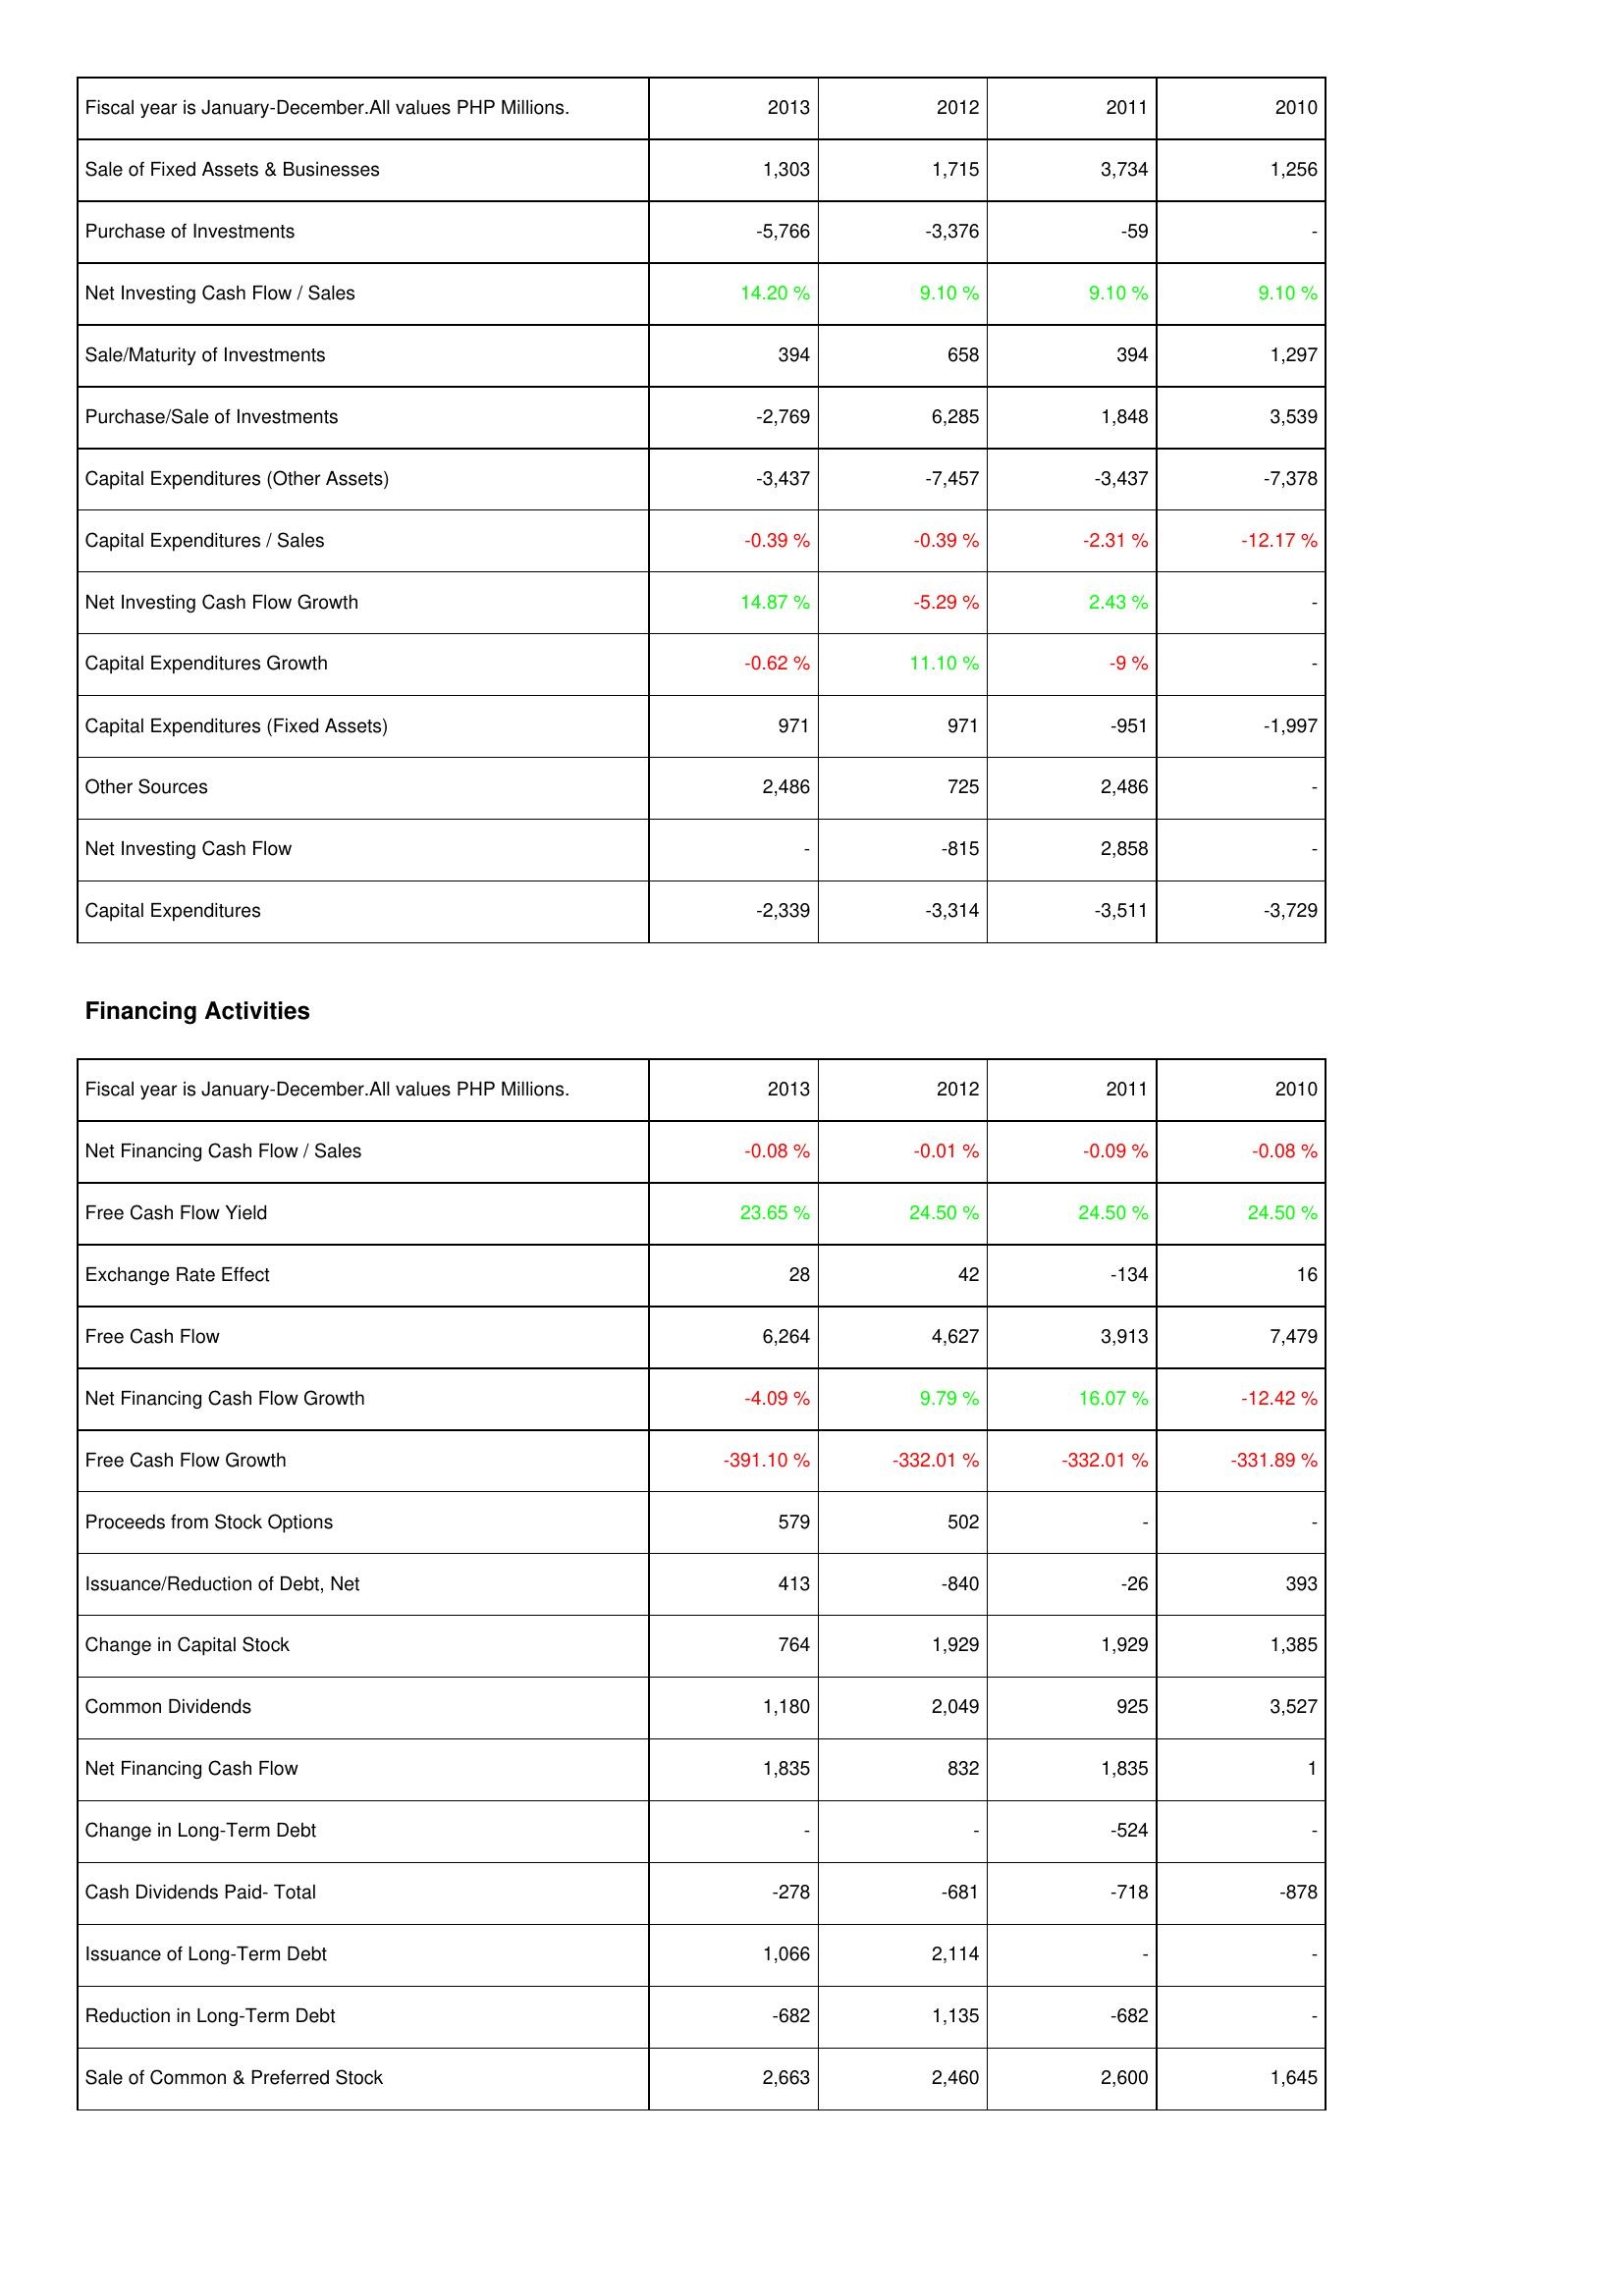
2013: Investing Activities: Sale of Fixed Assets & Businesses: 1,303
Purchase of Investments: -5,766
Net Investing Cash Flow / Sales: 14.20 %
Sale/Maturity of Investments: 394
Purchase/Sale of Investments: -2,769
Capital Expenditures (Other Assets): -3,437
Capital Expenditures / Sales: -0.39 %
Net Investing Cash Flow Growth: 14.87 %
Capital Expenditures Growth: -0.62 %
Capital Expenditures (Fixed Assets): 971
Other Sources: 2,486
Net Investing Cash Flow: -
Capital Expenditures: -2,339
Financing Activities: Net Financing Cash Flow / Sales: -0.08 %
Free Cash Flow Yield: 23.65 %
Exchange Rate Effect: 28
Free Cash Flow: 6,264
Net Financing Cash Flow Growth: -4.09 %
Free Cash Flow Growth: -391.10 %
Proceeds from Stock Options: 579
Issuance/Reduction of Debt, Net: 413
Change in Capital Stock: 764
Common Dividends: 1,180
Net Financing Cash Flow: 1,835
Change in Long-Term Debt: -
Cash Dividends Paid- Total: -278
Issuance of Long-Term Debt: 1,066
Reduction in Long-Term Debt: -682
Sale of Common & Preferred Stock: 2,663
2012: Investing Activities: Sale of Fixed Assets & Businesses: 1,715
Purchase of Investments: -3,376
Net Investing Cash Flow / Sales: 9.10 %
Sale/Maturity of Investments: 658
Purchase/Sale of Investments: 6,285
Capital Expenditures (Other Assets): -7,457
Capital Expenditures / Sales: -0.39 %
Net Investing Cash Flow Growth: -5.29 %
Capital Expenditures Growth: 11.10 %
Capital Expenditures (Fixed Assets): 971
Other Sources: 725
Net Investing Cash Flow: -815
Capital Expenditures: -3,314
Financing Activities: Net Financing Cash Flow / Sales: -0.01 %
Free Cash Flow Yield: 24.50 %
Exchange Rate Effect: 42
Free Cash Flow: 4,627
Net Financing Cash Flow Growth: 9.79 %
Free Cash Flow Growth: -332.01 %
Proceeds from Stock Options: 502
Issuance/Reduction of Debt, Net: -840
Change in Capital Stock: 1,929
Common Dividends: 2,049
Net Financing Cash Flow: 832
Change in Long-Term Debt: -
Cash Dividends Paid- Total: -681
Issuance of Long-Term Debt: 2,114
Reduction in Long-Term Debt: 1,135
Sale of Common & Preferred Stock: 2,460
2011: Investing Activities: Sale of Fixed Assets & Businesses: 3,734
Purchase of Investments: -59
Net Investing Cash Flow / Sales: 9.10 %
Sale/Maturity of Investments: 394
Purchase/Sale of Investments: 1,848
Capital Expenditures (Other Assets): -3,437
Capital Expenditures / Sales: -2.31 %
Net Investing Cash Flow Growth: 2.43 %
Capital Expenditures Growth: -9 %
Capital Expenditures (Fixed Assets): -951
Other Sources: 2,486
Net Investing Cash Flow: 2,858
Capital Expenditures: -3,511
Financing Activities: Net Financing Cash Flow / Sales: -0.09 %
Free Cash Flow Yield: 24.50 %
Exchange Rate Effect: -134
Free Cash Flow: 3,913
Net Financing Cash Flow Growth: 16.07 %
Free Cash Flow Growth: -332.01 %
Proceeds from Stock Options: -
Issuance/Reduction of Debt, Net: -26
Change in Capital Stock: 1,929
Common Dividends: 925
Net Financing Cash Flow: 1,835
Change in Long-Term Debt: -524
Cash Dividends Paid- Total: -718
Issuance of Long-Term Debt: -
Reduction in Long-Term Debt: -682
Sale of Common & Preferred Stock: 2,600
2010: Investing Activities: Sale of Fixed Assets & Businesses: 1,256
Purchase of Investments: -
Net Investing Cash Flow / Sales: 9.10 %
Sale/Maturity of Investments: 1,297
Purchase/Sale of Investments: 3,539
Capital Expenditures (Other Assets): -7,378
Capital Expenditures / Sales: -12.17 %
Net Investing Cash Flow Growth: -
Capital Expenditures Growth: -
Capital Expenditures (Fixed Assets): -1,997
Other Sources: -
Net Investing Cash Flow: -
Capital Expenditures: -3,729
Financing Activities: Net Financing Cash Flow / Sales: -0.08 %
Free Cash Flow Yield: 24.50 %
Exchange Rate Effect: 16
Free Cash Flow: 7,479
Net Financing Cash Flow Growth: -12.42 %
Free Cash Flow Growth: -331.89 %
Proceeds from Stock Options: -
Issuance/Reduction of Debt, Net: 393
Change in Capital Stock: 1,385
Common Dividends: 3,527
Net Financing Cash Flow: 1
Change in Long-Term Debt: -
Cash Dividends Paid- Total: -878
Issuance of Long-Term Debt: -
Reduction in Long-Term Debt: -
Sale of Common & Preferred Stock: 1,645